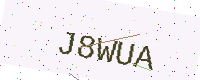
Text: J8WUA